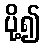
ပို့၍